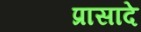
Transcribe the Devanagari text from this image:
प्रासादे